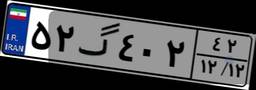
۷۹گ۷۶۵۹۲